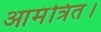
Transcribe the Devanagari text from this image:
आमंत्रित।